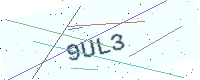
Text: 9UL3